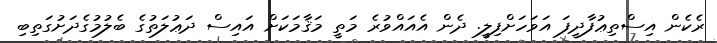
ރެކެން އިސްތިޢުފާދީފަ އަވަހަށްފިލީ. ދެން އެއައްވުރެ މަތީ މަޤާމަކަށް އައިސް ދަޢުލަތުގެ ބެލުމުގެދަށުގަތިބި